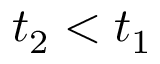
t _ { 2 } < t _ { 1 }